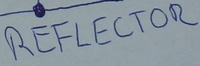
Text: REFLECTOR